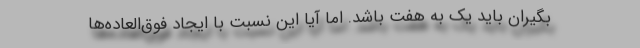
‌بگیران باید یک به هفت باشد. اما آیا این نسبت با ایجاد فوق‌العاده‌ها